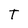
Character: T